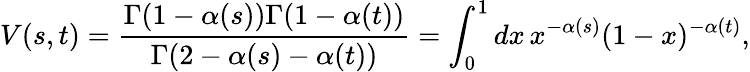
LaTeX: V(s,t)=\frac{\Gamma(1-\alpha(s))\Gamma(1-\alpha(t))}{\Gamma(2-\alpha(s)-\alpha(t))}=\int_{0}^{1}dx\, x^{-\alpha(s)}(1-x)^{-\alpha(t)},